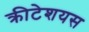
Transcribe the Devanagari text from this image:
क्रीटेशयस